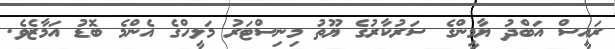
ރައީސް އަބްދު ޔާމީންގެ ސަރުކާރުގެ ޔޫތު މިނިސްޓަރު މަލީހްގެ އެންމެ ބޮޑު އަމާޒެވެ.